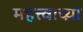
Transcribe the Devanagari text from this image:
महत्त्वाच्य़ा